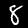
Label: 8